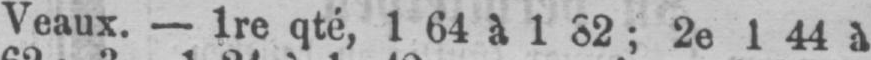
2e 1 44 à